Punjab Mental Hospital Lahore 1932-46 - 1932-1946
Year: 1932
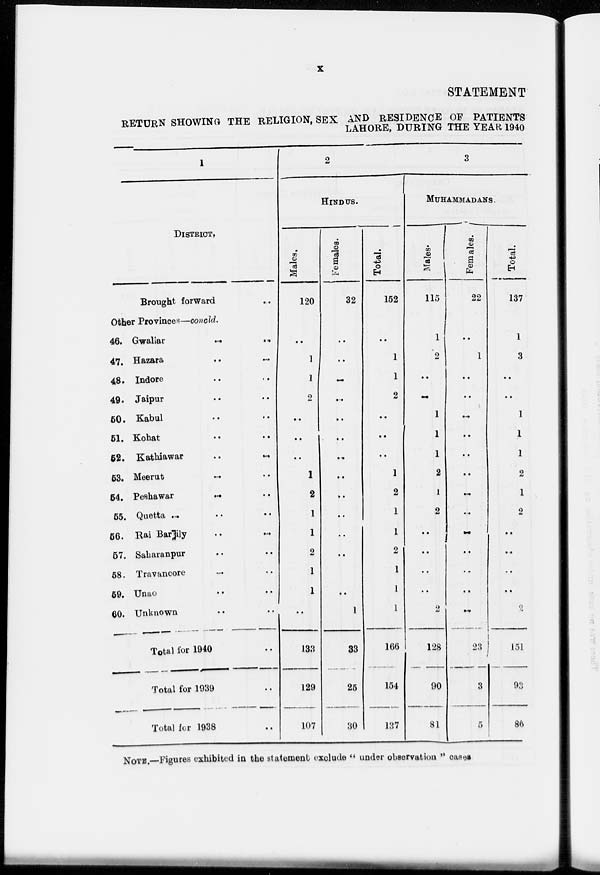
x
STATEMENT
RETURN SHOWING THE RELIGION, SEX AND RESIDENCE OF PATIENTS
LAHORE, DURING THE YEAR 1940
1
DISTRICT.
Brought forward
Other Provinces—concld.
46. Gwaliar
47. Hazara
48. Indore
49. Jaipur
50. Kabul
51. Kohat
52. Kathiawar
..
53. Meerut
54. Peshawar
55. Quetta....
56. Rai Barjily
57. Saharanpur
58. Travancore
59. Unao
60. Unknown
Total for 1940
Total for 1939
Total for 1938
2
HINDUS.
Males.
120
..
1
1
2
..
..
..
1
2
1
1
2
1
1
..
133
129
107
Females.
32
..
..
..
..
..
..
..
..
..
..
..
..
..
..
1
33
25
30
Total.
152
..
1
1
2
..
..
..
1
2
1
1
2
1
1
1
166
154
137
3
MUHAMMADANS.
Males.
115
1
2
..
..
1
1
1
2
1
2
..
..
..
..
2
128
90
81
Females.
22
..
1
..
..
..
..
..
..
..
..
..
..
..
..
..
23
3
5
Total.
137
1
3
..
..
1
1
1
2
1
2
..
..
..
..
2
151
93
86
NOTE.—Figures exhibited in the statement exclude " under observation " cases